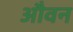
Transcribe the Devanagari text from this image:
औवन